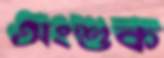
অংশুক